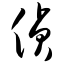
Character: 侦